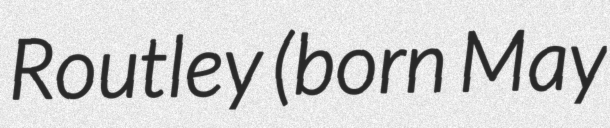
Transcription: Routley (born May